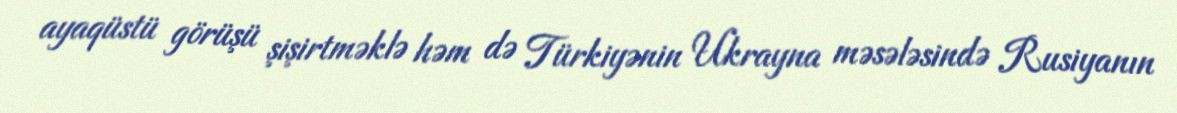
ayaqüstü görüşü şişirtməklə həm də Türkiyənin Ukrayna məsələsində Rusiyanın